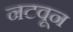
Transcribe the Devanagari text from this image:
नटवून